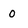
Character: 0